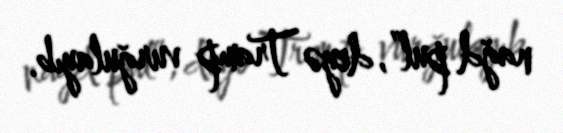
nağd pul”, deyə Tramp vurğulayıb.